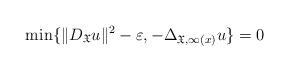
LaTeX: \begin{align*}\min \{\|D_{\mathfrak{X}} u\|^2 - \varepsilon, - \Delta_{\mathfrak{X},\infty(x)} u \} =0\end{align*}